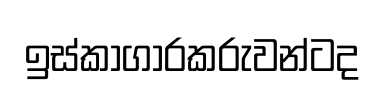
ඉස්කාගාරකරුවන්ටද